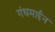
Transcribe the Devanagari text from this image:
गंधमार्द्दन